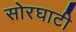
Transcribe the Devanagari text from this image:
सोरघाटी